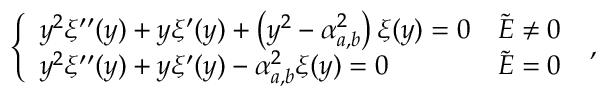
\left\{ \begin{array} { l l } { y ^ { 2 } \xi ^ { \prime \prime } ( y ) + y \xi ^ { \prime } ( y ) + \left( y ^ { 2 } - \alpha _ { a , b } ^ { 2 } \right) \xi ( y ) = 0 } & { \tilde { E } \neq 0 } \\ { y ^ { 2 } \xi ^ { \prime \prime } ( y ) + y \xi ^ { \prime } ( y ) - \alpha _ { a , b } ^ { 2 } \xi ( y ) = 0 } & { \tilde { E } = 0 } \end{array} \right. \; ,